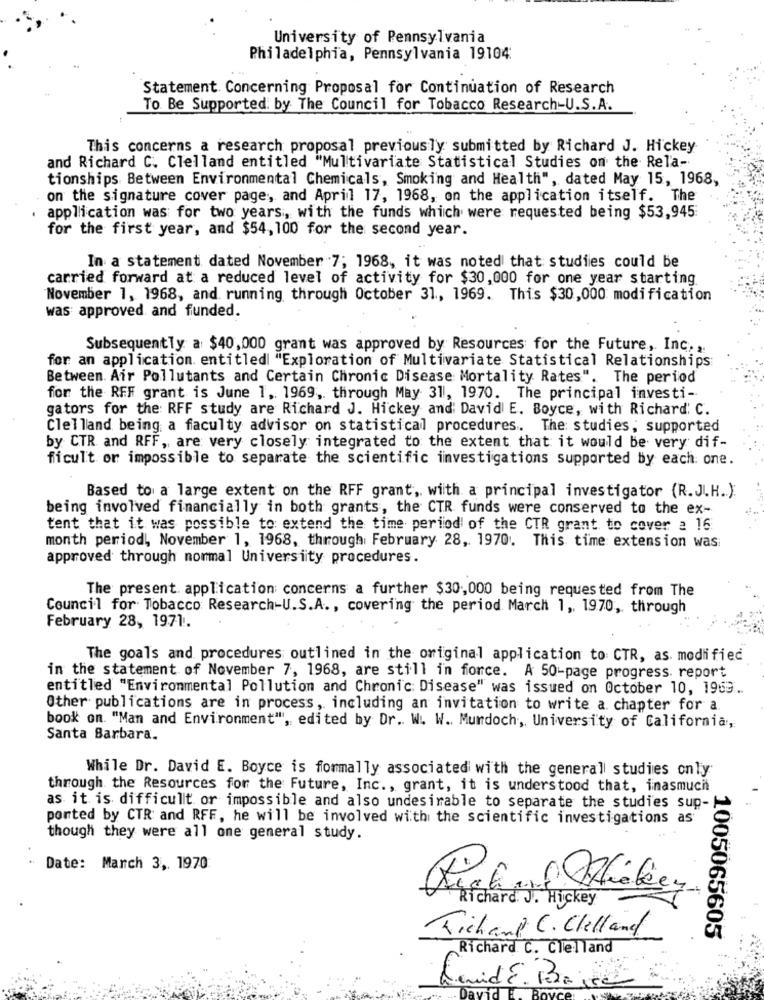
University of Pennsylvania
Philadelphia, Pennsylvania 19104:
Statement Concerning Proposal for Continuation of Research
To Be Supported by The Council for Tobacco Research-U.S.A.
This concerns a research proposal previously submitted by Richard J. Hickey
and Richard C. Clelland entitled "Multivariate Statistical Studies on the Rela-
tionships Between Environmental Chemicals, Smoking and Health", dated May 15, 1968,
on the signature cover page, and April 17, 1968, on the application itself. The
application was for two years, with the funds which were requested being $53,945
for the first year, and $54, 100 for the second year.
In a statement dated November 7; 1968, it was noted that studies could be
carried forward at a reduced level of activity for $30,000 for one year starting
November 1, 1968, and running through October 31 ., 1969. This $30,000 modification
was approved and funded.
Subsequently a $40,000 grant was approved by Resources for the Future, Inc. ,.
for an application entitled "Exploration of Multivariate Statistical Relationships
Between. Air Pollutants and Certain Chronic Disease Mortality Rates". The period
for the REF grant is June 1, 1969, through May 31, 1970. The principal investi-
gators for the: RFF study are Richard J. Hickey and: David E. Boyce, with Richard: C.
Clelland being a faculty advisor on statistical procedures. The: studies, supported
by CTR and RFF, are very closely integrated to the extent that it would be very dif-
ficult or impossible to separate the scientific investigations supported by each one.
Based to a large extent on the RFF grant, with a principal investigator (R.J.H .. ):
being involved financially in both grants, the CTR funds were conserved to the ex-
tent that it was possible to extend the time period of the CTR grant to cover a 16
month period, November 1, 1968, through February 28, 1970. This time extension was
approved through normal University procedures.
The present application concerns a further $30,000 being requested from The
Council for Tobacco Research-U.S.A ., covering the period March 1, 1970, through
February 28, 1971.
The goals and procedures outlined in the original application to CTR, as. modified
in the statement of November 7, 1968, are still in force. A 50-page progress report
entitled "Environmental Pollution and Chronic Disease" was issued on October 10, 1963 ..
Other publications are in process, including an invitation to write a chapter for a
book on. "Man and Environment", edited by Dr. W. W. Murdoch, University of California,
Santa Barbara.
While Dr. David E. Boyce is formally associated with the general studies only
through the Resources for the Future, Inc ., grant, it is understood that, inasmuch
as it is difficult or impossible and also undesirable to separate the studies sup-
ported by CTR and RFF, he will be involved with the scientific investigations as
though they were all one general study.
Date: March 3, 1970
Richard J . Hickey
Tichamp C. Clelland
1005065605
Richard C. Clelland
Revid E. Based